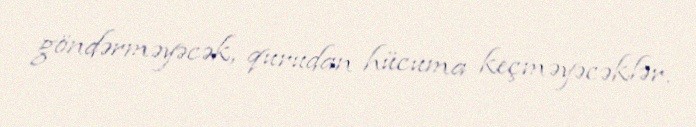
göndərməyəcək, qurudan hücuma keçməyəcəklər.